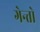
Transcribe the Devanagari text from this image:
गेन्तो